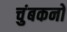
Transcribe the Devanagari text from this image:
चुंबकनों